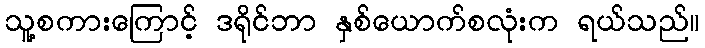
သူ့စကားကြောင့် ဒရိုင်ဘာ နှစ်ယောက်စလုံးက ရယ်သည်။